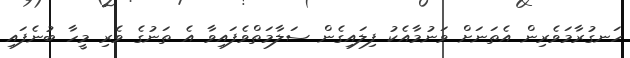
ހަނގުރާމަވެރިން އެތަނަށް ވަނުމާއެކު ފިލައިގެން ސަލާމަތްވެފައިވާ އެ ތަނުގެ ވެރި މީހާ ބުނެފައި